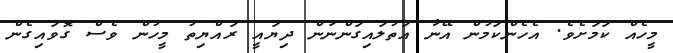
މީހެއް ކަމަށެވެ. އެހެންކަމުން އޭނާ އަތުލައިގަންނަން ދިޔައީ ރައްޔިތު މީހުން ވެސް ގޮވައިގެން